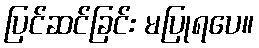
ပြင်ဆင်ခြင်း မပြုရပေ။